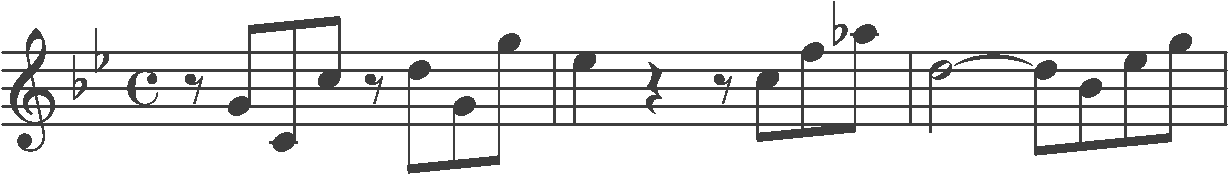
Transcription: clef-G2 keySignature-BbM timeSignature-C rest-eighth note-G4_eighth note-C4_eighth note-C5_eighth rest-eighth note-D5_eighth note-G4_eighth note-G5_eighth barline note-Eb5_quarter rest-quarter rest-eighth note-C5_eighth note-F5_eighth note-Ab5_eighth barline note-D5_half tie note-D5_eighth note-Bb4_eighth note-Eb5_eighth note-G5_eighth barline